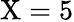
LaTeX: {\mathrm{X}=5}